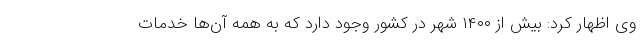
وی اظهار کرد: بیش از ۱۴۰۰ شهر در کشور وجود دارد که به همه آن‌ها خدمات